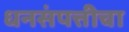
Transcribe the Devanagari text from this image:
धनसंपत्तीचा